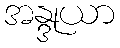
အန္ဒုယာ